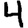
Digit: 4